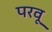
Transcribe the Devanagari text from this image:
परवू